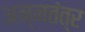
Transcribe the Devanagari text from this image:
अन्नतंत्र